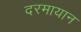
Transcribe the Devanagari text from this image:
दरमायान